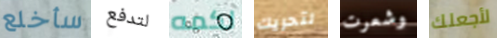
سأخلع لتدفع لكمه لتحريك وشعرت لأجعلك